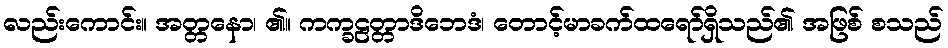
လည်းကောင်း။ အတ္တနော၊ ၏။ ကက္ခဠတ္တာဒိဘေဒံ၊ တောင့်မာခက်ထရော်ရှိသည်၏ အဖြစ် စသည်